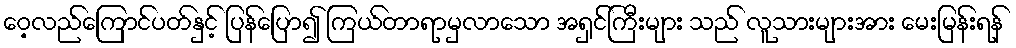
ဝေ့လည်ကြောင်ပတ်နှင့် ပြန်ပြော၍ ကြယ်တာရာမှလာသော အရှင်ကြီးများ သည် လူသားများအား မေးမြန်းရန်